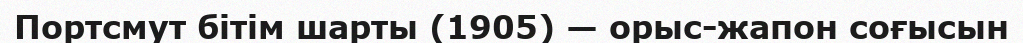
Портсмут бітім шарты (1905) — орыс-жапон соғысын